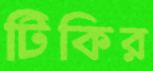
টিকির